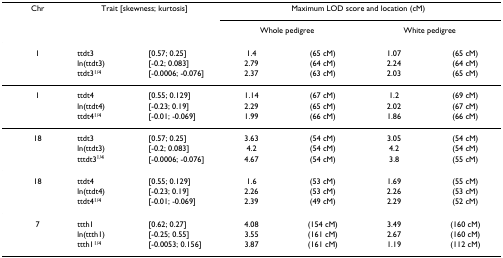
<table><thead><tr><td><b>Chr</b></td><td colspan="2"><b>Trait [skewness; kurtosis]</b></td><td colspan="4"><b>Maximum LOD score and location (cM)</b></td></tr><tr><td></td><td></td><td></td><td colspan="2"><b>Whole pedigree</b></td><td colspan="2"><b>White pedigree</b></td></tr></thead><tbody><tr><td>1</td><td>ttdt3</td><td>[0.57; 0.25]</td><td>1.4</td><td>(65 cM)</td><td>1.07</td><td>(65 cM)</td></tr><tr><td></td><td>ln(ttdt3)</td><td>[-0.2; 0.083]</td><td>2.79</td><td>(64 cM)</td><td>2.24</td><td>(64 cM)</td></tr><tr><td></td><td>ttdt3<sup>1/4</sup></td><td>[-0.0006; -0.076]</td><td>2.37</td><td>(63 cM)</td><td>2.03</td><td>(65 cM)</td></tr><tr><td>1</td><td>ttdt4</td><td>[0.55; 0.129]</td><td>1.14</td><td>(67 cM)</td><td>1.2</td><td>(69 cM)</td></tr><tr><td></td><td>ln(ttdt4)</td><td>[-0.23; 0.19]</td><td>2.29</td><td>(65 cM)</td><td>2.02</td><td>(67 cM)</td></tr><tr><td></td><td>ttdt4<sup>1/4</sup></td><td>[-0.01; -0.069]</td><td>1.99</td><td>(66 cM)</td><td>1.86</td><td>(66 cM)</td></tr><tr><td>18</td><td>ttdt3</td><td>[0.57; 0.25]</td><td>3.63</td><td>(54 cM)</td><td>3.05</td><td>(54 cM)</td></tr><tr><td></td><td>ln(ttdt3)</td><td>[-0.2; 0.083]</td><td>4.2</td><td>(54 cM)</td><td>4.2</td><td>(54 cM)</td></tr><tr><td></td><td>tttdt3<sup>1/4</sup></td><td>[-0.0006; -0.076]</td><td>4.67</td><td>(54 cM)</td><td>3.8</td><td>(55 cM)</td></tr><tr><td>18</td><td>ttdt4</td><td>[0.55; 0.129]</td><td>1.6</td><td>(53 cM)</td><td>1.69</td><td>(55 cM)</td></tr><tr><td></td><td>ln(ttdt4)</td><td>[-0.23; 0.19]</td><td>2.26</td><td>(53 cM)</td><td>2.26</td><td>(53 cM)</td></tr><tr><td></td><td>ttdt4<sup>1/4</sup></td><td>[-0.01; -0.069]</td><td>2.39</td><td>(49 cM)</td><td>2.29</td><td>(52 cM)</td></tr><tr><td>7</td><td>ttth1</td><td>[0.62; 0.27]</td><td>4.08</td><td>(154 cM)</td><td>3.49</td><td>(160 cM)</td></tr><tr><td></td><td>ln(ttth1)</td><td>[-0.25; 0.55]</td><td>3.55</td><td>(161 cM)</td><td>2.67</td><td>(160 cM)</td></tr><tr><td></td><td>ttth1<sup>1/4</sup></td><td>[-0.0053; 0.156]</td><td>3.87</td><td>(161 cM)</td><td>1.19</td><td>(112 cM)</td></tr></tbody></table>